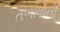
તળાવોની